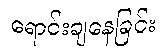
ရောင်းချနေခြင်း